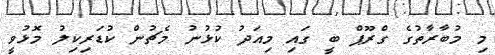
މި މުބާރާތުގެ ގްރޫޕް ބީ ގައި މިއަދު ކުޅުނު މެޗުން ކުޑަރިކިލު މޮޅުވީ